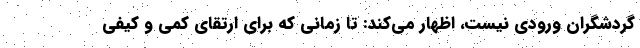
گردشگران ورودی نیست، اظهار می‌کند: تا زمانی که برای ارتقای کمی و کیفی